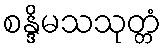
စန္ဒိမသသုတ္တံ